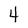
Character: 4